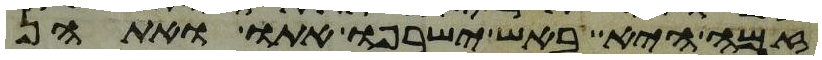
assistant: זמה היא באש ישרפו אתו ואתהן